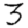
Digit: 3